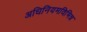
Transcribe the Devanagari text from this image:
अधिनियमविभिन्न